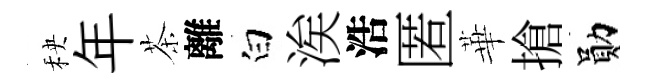
秧年茶離白涘浩匿華搶勛